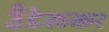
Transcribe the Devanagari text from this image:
उँडेलकर